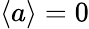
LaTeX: \langle a\rangle=0